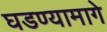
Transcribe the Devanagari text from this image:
घडण्यामागे